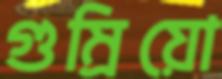
গুম্‌রিয়ো